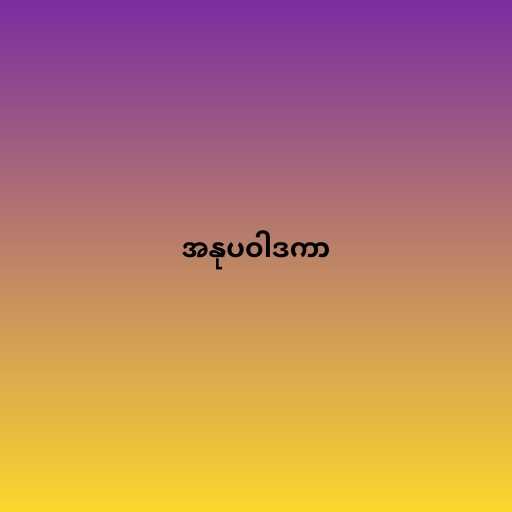
အနုပဝါဒကာ